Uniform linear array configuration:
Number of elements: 4
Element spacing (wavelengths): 1
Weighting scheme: hann
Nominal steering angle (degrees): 45
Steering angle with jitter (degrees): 43.905
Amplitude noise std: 0.05
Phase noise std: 0.05

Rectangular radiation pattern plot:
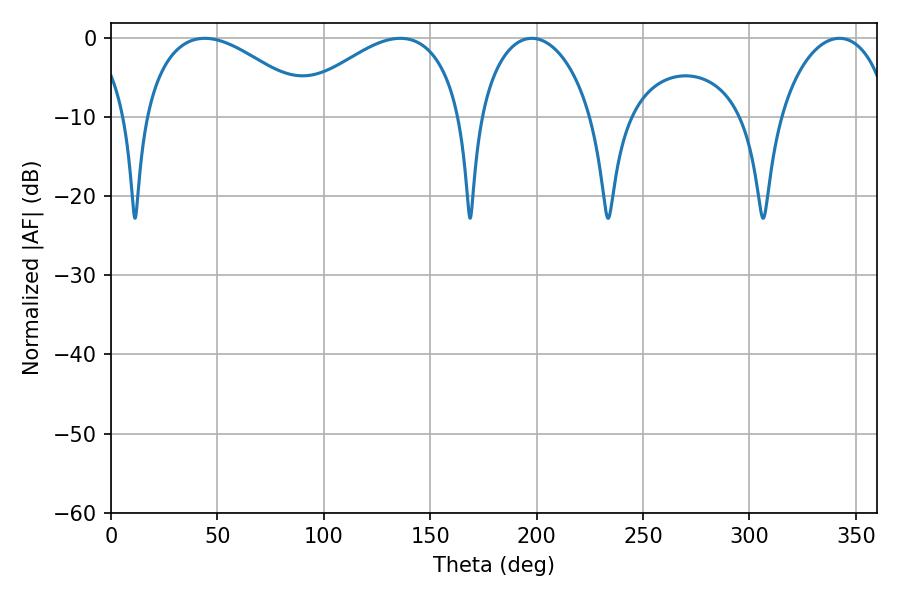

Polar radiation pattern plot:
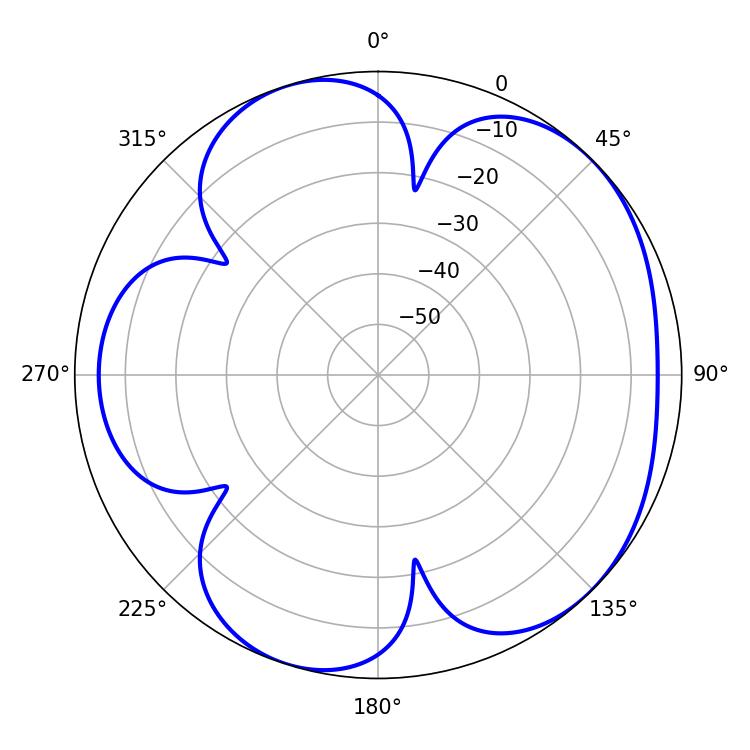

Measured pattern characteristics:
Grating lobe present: TRUE
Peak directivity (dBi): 5.052
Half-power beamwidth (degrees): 44.64
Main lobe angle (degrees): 135.9